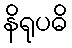
နိရုပဓိ